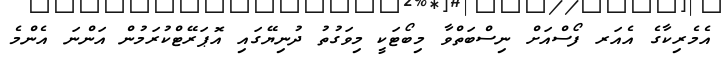
އެމެރިކާގެ އެއަރ ފޯސްއަށް ނިސްބަތްވާ މިބޯޓަކީ މިވަގުތު ދުނިޔޭގައި އޮޕަރޭޓްކުރަމުން އަންނަ އެންމެ